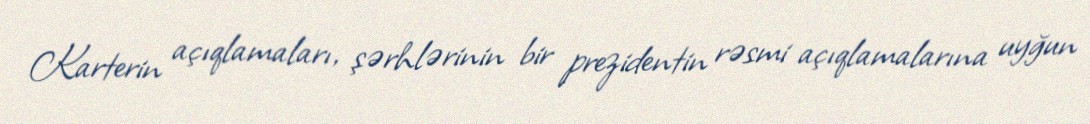
Karterin açıqlamaları, şərhlərinin bir prezidentin rəsmi açıqlamalarına uyğun